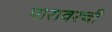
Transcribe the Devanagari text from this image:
पारावरची